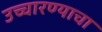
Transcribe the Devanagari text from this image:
उच्चारण्याचा